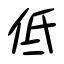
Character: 低